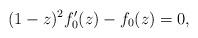
LaTeX: \begin{align*}(1-z)^2 f_0'(z) - f_0(z) = 0,\end{align*}